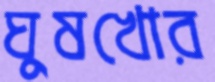
ঘুষখোর